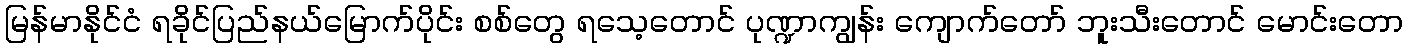
မြန်မာနိုင်ငံ ရခိုင်ပြည်နယ်မြောက်ပိုင်း စစ်တွေ ရသေ့တောင် ပုဏ္ဍာကျွန်း ကျောက်တော် ဘူးသီးတောင် မောင်းတော